Report on horse surra - Volume II, Part II
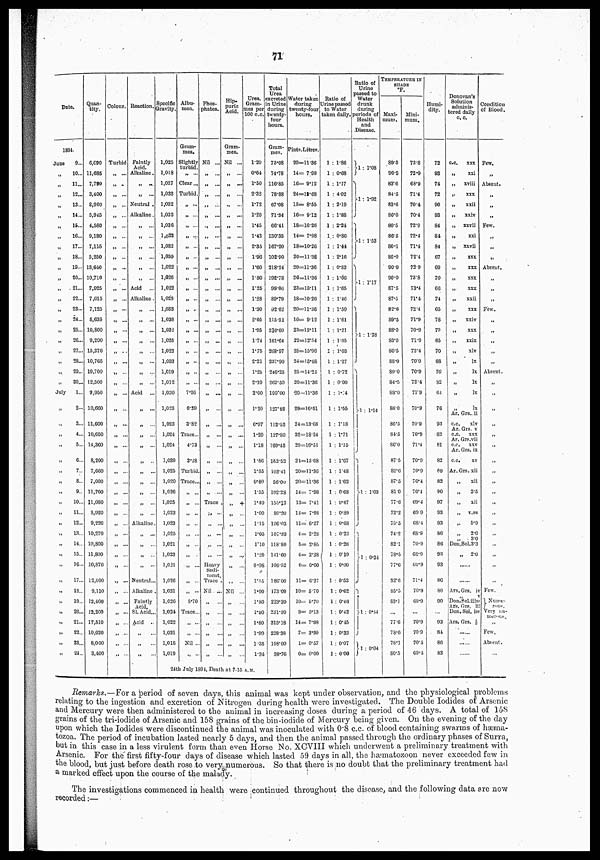
71
Date.
1894.
June
9...
„
10...
„
11...
„ 12...
„ 13...
„ 14...
„ 15...
„ 16...
„
17...
„
18...
„
19...
„
20...
„
21...
„ 22...
„
23...
„ 24...
„
25...
„ 26...
„ 27...
„ 28...
„ 29...
„ 30...
July
1...
„
2...
„ 3...
„ 4...
„
5...
„ 6...
„ 7..
„
8...
„
9..
„ 10...
„ 11...
„
12...
„ 13...
„ 14...
„
15...
„ 16...
„ 17...
„ 18...
„ 19...
„
20...
„ 21...
„ 22...
„ 23...
„ 24...
Quan-
tity.
6,090
11,685
7,790
3,400
3,900
5,945
4,580
9,180
7,115
5,250
13,640
10,710
7,925
7,015
7,125
5,635
10,800
9,290
15,370
10,765
19,700
12,500
9,950
10,660
11,600
10,650
14,360
8,200
7,660
7,000
11,760
11,080
8,920
9,220
10,270
10,800
11,800
10,870
12,000
9,110
12,400
12,200
17,510
10,020
8,000
3,400
Colour.
Turbid
„ ..
„ ...
„
...
„ ...
„
...
„ ...
„ ...
„ ...
„ ...
„ ...
„ ...
„ ...
„ ...
„ ...
„
„
„
„ ...
„ ...
„ ...
„ ...
„ ...
„ ...
„ ...
„
„ ...
„ ...
„ ...
„ ...
„ ...
„ ...
„ ...
„ ...
„ ...
Reaction.
Faintly
Acid.
Alkaline.
„ ...
„
...
Neutral .
Alkaline.
„
...
„ ...
„ ...
„
...
Acid
Alkaline.
„
...
„ ...
„ ...
„ ...
„ ...
„
...
„
...
Acid
„ ...
„
„ ...
„
...
„ ...
„ ...
„
...
Alkaline.
„ ...
„ ...
„ ...
Neutral...
Alkaline .
Faintly
Acid.
SI. Acid...
Acid
..
„
„
„
Specific
Gravity.
1,025
1,018
1,027
1,033
1,032
1,032
1,036
1,032
1,032
1,030
1,022
1,026
1,022
1,028
1,033
1,038
1,032
1,025
1,022
1,033
1,019
1,012
1,030
1,023
1,023
1,024
1,024
1,039
1,025
1,020
1,026
1,025
1,023
1,023
1,025
1,021
1,023
1,021
1,026
1,031
1,026
1,024
1,022
1,031
1,018
1,019
Albu-
men.
Gram-
mes.
Slightly
turbid.
„ ...
Clear...
Turbid.
„
...
„ ...
„ ...
„ ...
„ ...
„ ...
„ ...
„ ..
„ ...
„ ...
„ ...
„ ...
„ ...
7.26
6.39
3.82
Trace...
4.73
3.28
Turbid.
Trace...
„ ...
„
...
„ ..
„
..
„ ...
„
5.70
Trace...
„ ...
Nil ...
„ ...
Phos-
phates.
Nil ...
„ ...
„ ...
„ ...
„ ...
„ ...
„ ...
„
...
„
„
...
„ ...
„ ...
„ ...
„ ...
„ ...
„ ...
„
„
„
...
„ ...
„ ...
Trace ,
„ ...
„ ...
„ ...
„ ...
„ ...
Heavy
Sedi-
ment.
Trace .
Nil . ...
„ ...
„
„ ...
„
„
Hip.
puric
Acid.
Gram-
mes.
Nil ...
If
„ ...
„
„ ...
„
„ ...
„ ...
„
...
„
...
„
...
„
...
,. ...
„
...
„ ...
„
...
„ ...
„
„
...
„
...
„ ...
„ ...
„
„
...
„
...
„ ....
„
Nil ...
„
„
„ ...
„ ...
Urea.
Gram-
mes per
100 c.c.
1.20
0.64
1.50
2.32
1.72
1.20
1.45
1.42
2.35
1.96
1.60
1.80
1.25
1.28
1.30
2.05
1.95
1.74
1.75
2.21
1.25
2.10
2.00
1.20
0.97
1.20
1.18
1.86
1.35
0.80
1.55
1.40
1.00
1.15
1.05
1.10
1.20
0.98
1.35
1.90
1.80
1.90
1.80
1.90
1.35
1.34
24th July 1894, Death at 7.15 A.M.
Total
Urea
excreted
in Urine
during
twenty-
four
hours.
Gram-
mes.
73.08
74.78
116.85
78.88
67.08
71.34
66.41
130.35
167.20
102.90
218.24
192.78
99.06
89.79
92.62
115.51
210.60
161.64
268.97
237.90
246.25
262.50
199.00
127.92
112.52
127.80
169.45
162.52
103.41
56.00
192.28
150.12
89.20
106.03
107.83
118.80
141.60
106.52
186.00
173.09
223.20
231.80
315.18
228.38
108.00
38.76
Water taken
during
twenty-four
hours.
Pints.Litres.
20=11.36
14= 7.98
16= 9.12
24=13.68
15= 8.55
16= 9.12
18=10.26
14= 7.98
18=10.26
20=11 .36
20=11.36
20=11.36
23=13.11
18=10.26
20=11.36
16= 9.12
23=13.11
22=12.54
28=15.96
24=13.68
25=14.25
20=11.36
20=11.36
29=16.51
24=13.68
32=18.24
29=16.51
24=13.68
20=11.36
20=11.36
14= 7.98
13= 7.41
14= 7.98
11= 6.27
4= 2.28
5= 2.85.
4= 2.28
0= 0.00
11= 6.27
10= 5.70
10= 5.70
9= 5.13
14= 7.98
7= 3.99
1= 0.57
0= 0.00
Ratio of
Urine passed
to Water
taken daily.
1 : 1.86
1 : 0.68
1 : 1.17
1 : 4.02
1 : 2.19
1 : 1.88
1 : 2.24
1 : 0.86
1 : 1.44
1 : 2.16
1 : 0.83
1 : 1.06
1 : 1.65
1 : 1.46
1 : 1.59
1 : 1.61
1 : 1.21
1 : 1.35
1 : 1.03
1 : 1.27
1 : 0.72
1 : 0.90
1 : 1.44
1 : 1.55
1 : 1.18
1 : 1.71
1 : 1.15
1 : 1.67
1 : 1.48
1 : 1.62
1 : 0.68
1 : 0.67
1 : 0.89
1 : 0.68
1 : 0.22
1 : 0.26
1 : 0.19
1 : 0.00
1 : 0.52
1 : 0.62
1 : 0.46
1 : 0.42
1 : 0.45
1 : 0.33
1 : 0.07
1 : 0.00
Ratio of
Urine
passed to
Water
drunk
during
periods of
Health
and
Disease.
}1 : 1.08
} 1 : 1.92
}1 : 1.53
}1 : 1.17
}1 : 1.28
}1 : 1.14
}1 : 1.03
}1 : 0.24
}1 : 0.44
}1 : 0.04
TEMPERATURE IN
SHADE
°F.
Maxi-
mum.
89.5
90.5
83.6
84.5
83.6
86.0
80.5
86.5
80.1
86.0
90.0
90.0
87.5
87.5
82.6
89.5
88.0
83.0
86.5
88.0
89.0
84.5
88.0
86.0
86.5
84.5
86.0
87.5
82.6
87.5
81.0
77.6
72.2
75.5
74.2
82.1
78.5
77.6
32.6
85.5
83.1
77.6
78.6
78.1
80.5
Mini-
mum.
73.8
72.9
68.9
71.4
70.4
70.4
72.9
72.4
71.4
72.4
72.9
73.8
73.4
71.4
72.4
71.9
70.9
71.9
72.4
70.9
70.9
72.4
71.9
70.9
70.9
70.9
71.4
70.9
70.9
70.4
70.4
69.4
69.9
68.4
68.9
70.9
68.9
69.9
71.4
70.9
69.9
70.9
70.9
70.1
69.4
Humi-
dity.
72
93
74
72
90
93
84
84
84
67
69
70
66
74
65
78
79
65
70
88
70
82
64
76
93
82
81
82
80
82
90
97
93
93
86
86
93
93
86
80
90
93
84
86
83
Donovan's
Solution
adminis-
tered daily
c. c.
c.c.
xxx
„
xxi
„
xviii
„ xxx
„
xxii
„
xxiv
„
xxvii
„
xxi
„
xxvii
„ XXX
„ xxx
„ xxx
„
xxx
„
xxii
„ XXX
„
xxiv
„ XXX
„
xxix
„
xlv
„ lx
„ lx
„ lx
„ lx
„ lx
Ar. Grs.. ii
c.c.
xlv
Ar. Grs. v
c.c.
xxx
Ar. Grs.vii
c.c.
xxv
Ar. Grs. ix
c.c.
xv
Ar. Grs. xii
„
xii
„ 2.5
„
xii
„ v.ss
„ 5.9
„ 2.0
„ 3.0
Dou.Sol.3.3
„
2.0
....
....
Ars. Grs. iv
„
v
Don.Sol.iiiss
Ars. Grp. iii
Don. Sol. iss
Ars. Grs. ½
......
......
......
Condition
of Blood.
Few.
Absent.
„
„
Few.
„
„
Absent.
„
„
Few.
„
„
„
„
Absent.
„
„
„
„
„
„
„
„
„
„
„
„
„
„
„
Few.
} Nume-
rous.
Very nu-
merous
„
Few.
Absent
...
Remarks.—For a period of seven days, this animal was kept under observation, and the physiological problems
relating to the ingestion and excretion of Nitrogen during health were investigated. The Double Iodides of Arsenic
and Mercury were then administered to the animal in increasing doses during a period of 46 days. A total of 158
grains of the tri-iodide of Arsenic and 158 grains of the bin-iodide of Mercury being given. On the evening of the day
upon which the Iodides were discontinued the animal was inoculated with 0.8 c.c. of blood containing swarms of hæma-
tozoa. The period of incubation lasted nearly 5 days, and then the animal passed through the ordinary phases of Surra,
but in this case in a less virulent form than even Horse No. XCVIII which underwent a preliminary treatment with
Arsenic. For the first fifty-four days of disease which lasted 59 days in all, the hæmatozoon never exceeded few in
the blood, but just before death rose to very numerous. So that there is no doubt that the preliminary treatment had
a marked effect upon the course of the malady.
The investigations commenced in health were continued throughout the disease, and the following data are now
recorded.